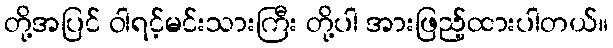
တို့အပြင် ဝါရင့်မင်းသားကြီး တို့ပါ အားဖြည့်ထားပါတယ်။